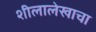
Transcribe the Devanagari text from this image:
शीलालेखाचा